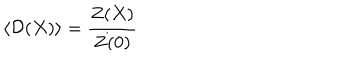
LaTeX: \left. \langle { \cal D } ( X ) \rangle = \frac { Z ( X ) } { Z ( 0 ) } \right.